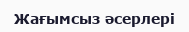
Жағымсыз әсерлері